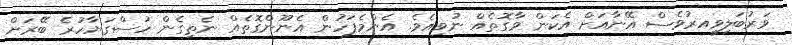
ވަރުބަލިވީއރުވެސް އޭނާއަށް އެކަން ވާގޮތެއް ނުވިއެވެ. އެންމެފަހުން އެނޫންގޮތެއް ނެތިގެން ހުސްގަޔާހުރެ ބޭރަށް